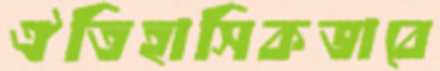
ঐতিহাসিকভাবে